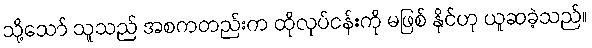
သို့သော် သူသည် အစကတည်းက ထိုလုပ်ငန်းကို မဖြစ် နိုင်ဟု ယူဆခဲ့သည်။